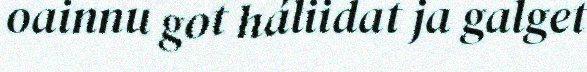
oainnu got háliidat ja galget